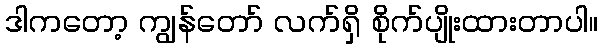
ဒါကတော့ ကျွန်တော် လက်ရှိ စိုက်ပျိုးထားတာပါ။